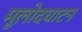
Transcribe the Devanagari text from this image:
मूलोदघाटन